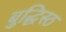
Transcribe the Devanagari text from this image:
बुद्धिस्ठ